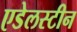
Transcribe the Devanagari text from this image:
एडेलस्टीन